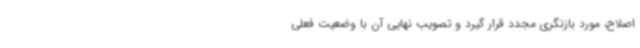
اصلاح، مورد بازنگری مجدد قرار گیرد و تصویب نهایی آن با وضعیت فعلی